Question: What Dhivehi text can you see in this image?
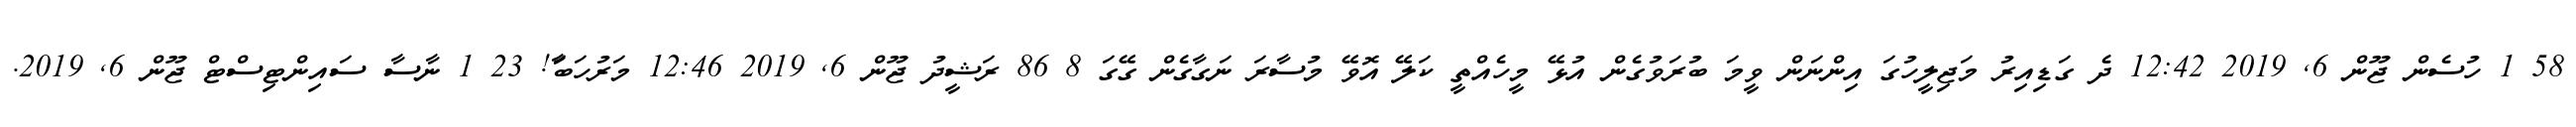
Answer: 58 1 ހުސެން ޖޫން 6, 2019 12:42 ދެ ގަޑިއިރު މަޖިލީހުގަ އިންނަން ވީމަ ބުރަވުގެން އުޅޭ މީހެއްތީ ކަލޭ އޮވޭ މުސާރަ ނަގާގެން ގޭގަ 8 86 ރަޝީދު ޖޫން 6, 2019 12:46 މަރުހަބާަ! 23 1 ނާސާ ސައިންޓިސްޓް ޖޫން 6, 2019.